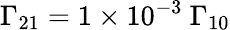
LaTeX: \Gamma_{21}=1\times 10^{-3}\ \Gamma_{10}